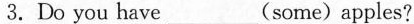
3.Do you have___(some)apples?